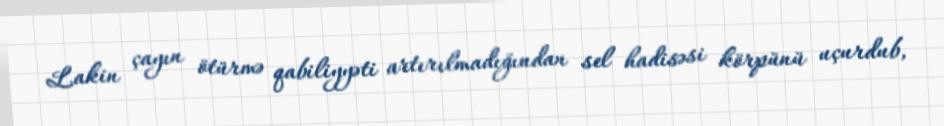
Lakin çayın ötürmə qabiliyyəti artırılmadığından sel hadisəsi körpünü uçurdub,